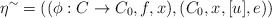
\begin{align*}\eta^{\sim}= ((\phi:C\rightarrow C_0,f,x),(C_0,x, [u], e))\end{align*}